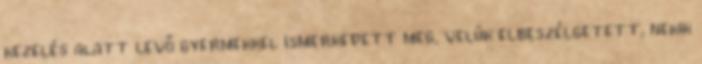
kezelés alatt levő gyermekkel ismerkedett meg, velük elbeszélgetett, nekik